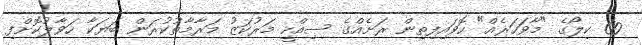
60 ކިލޯގެ "މާވަހަރެއް" ހޮވައިފިތިން ރަށެއްގެ ސިއްހީ މަރުކަޒު މަރާމާތުކުރަން ބަޔަކާ ހަވާލުކޮށްފި